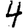
Digit: 4